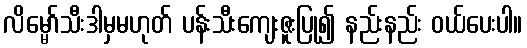
လိမ္မော်သီးဒါမှမဟုတ် ပန်းသီးကျေးဇူးပြု၍ နည်းနည်း ဝယ်ပေးပါ။